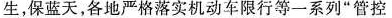
生，保蓝天，各地严格落实机动车限行等一系列”管控